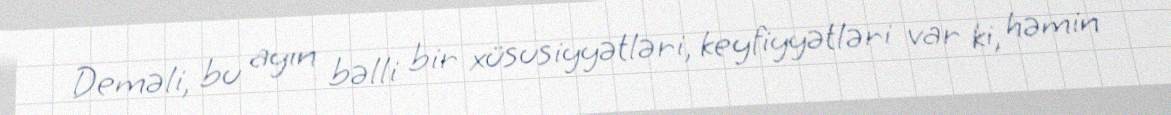
Deməli, bu ayın bəlli bir xüsusiyyətləri, keyfiyyətləri var ki, həmin